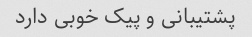
پشتیبانی و پیک خوبی دارد